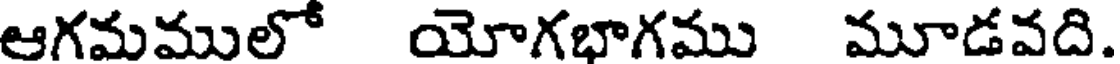
ఆగమములో యోగభాగము మూడవది.